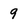
Character: 9